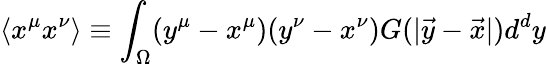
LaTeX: \langle x^{\mu}x^{\nu}\rangle\equiv\int_{\Omega}(y^{\mu}-x^{\mu})(y^{\nu}-x^{\nu})G(|\vec{y}-\vec{x}|)d^{d}y